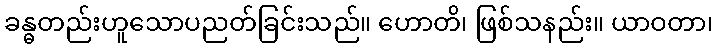
ခန္ဓတည်းဟူသောပညတ်ခြင်းသည်။ ဟောတိ၊ ဖြစ်သနည်း။ ယာဝတာ၊